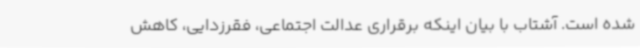
شده است. آشتاب با بیان اینکه برقراری عدالت اجتماعی، فقرزدایی، کاهش